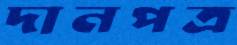
দানপত্র